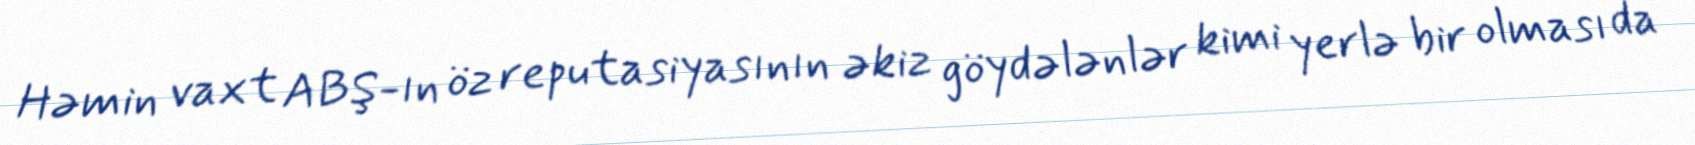
Həmin vaxt ABŞ-ın öz reputasiyasının əkiz göydələnlər kimi yerlə bir olması da